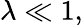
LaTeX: \lambda\ll 1,